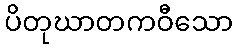
ပိတုဃာတကဝီသော